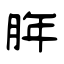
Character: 脌